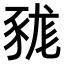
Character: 𧱓